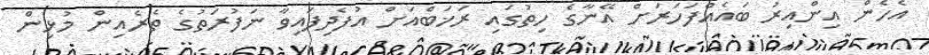
އެހެން އިންއިރު ބައެއްފަހަރަށް އޭނާގެ ހިތުގައި ރަޚަބްއަށް އުފެދިފައިވާ ނަފުރަތުގެ ތެރެއިން މުޅިން